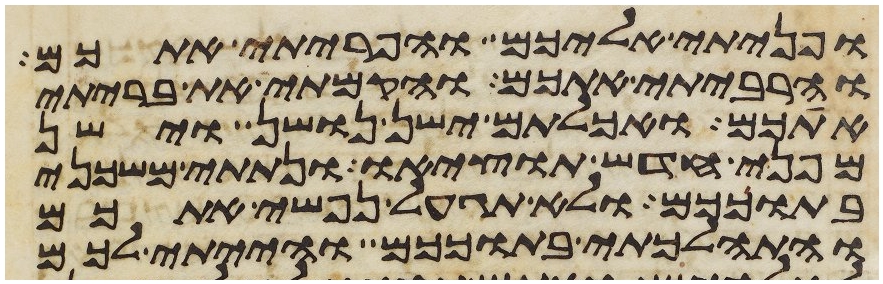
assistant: ופניתי אליכם והפריתי אתכם
והרביתי אתכם והקמתי את בריתי
אתכם ואכלתם ישן נושן וישן
מפני חדש תוציאו ונתתי משכני
בתוככם ולא תגעל נפשי אתכם
והתהלכתי בתוככם והייתי לכם